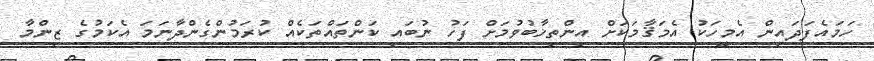
ހަމައެފަދައިން އެމީހަކު އެމަޤާމަކަށް އިންތިޚާބުވުމަށް ފަހު ނުބައި ކަންތައްތަކެއް ކުރަމުންގެންދާނަމަ އެކަމުގެ ޒިންމާ